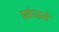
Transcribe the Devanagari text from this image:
प्रबंधाने